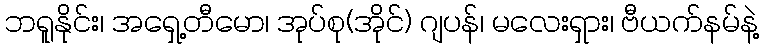
ဘရူနိုင်း၊ အရှေ့တီမော၊ အုပ်စု(အိုင်) ဂျပန်၊ မလေးရှား၊ ဗီယက်နမ်နဲ့